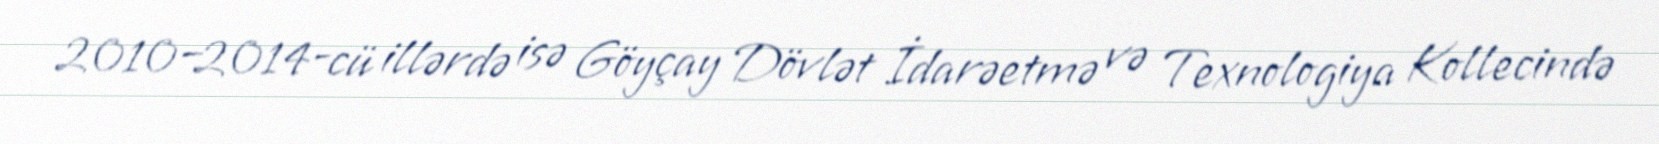
2010–2014-cü illərdə isə Göyçay Dövlət İdarəetmə və Texnologiya Kollecində